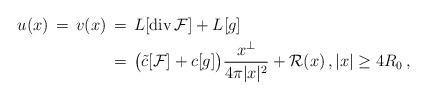
LaTeX: \begin{align*}u(x) \,=\, v(x) &\, = \, L[{\rm div}\, \mathcal{F}] + L[g] \\& \, = \, \big( \tilde c [\mathcal{F}] + c[g] \big) \frac{x^{\bot}}{4\pi |x|^2} + \mathcal{R}(x) \,, |x|\geq 4 R_0\,,\end{align*}